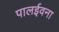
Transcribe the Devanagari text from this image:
पालईवना